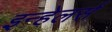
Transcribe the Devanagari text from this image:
इन्हेलर्स